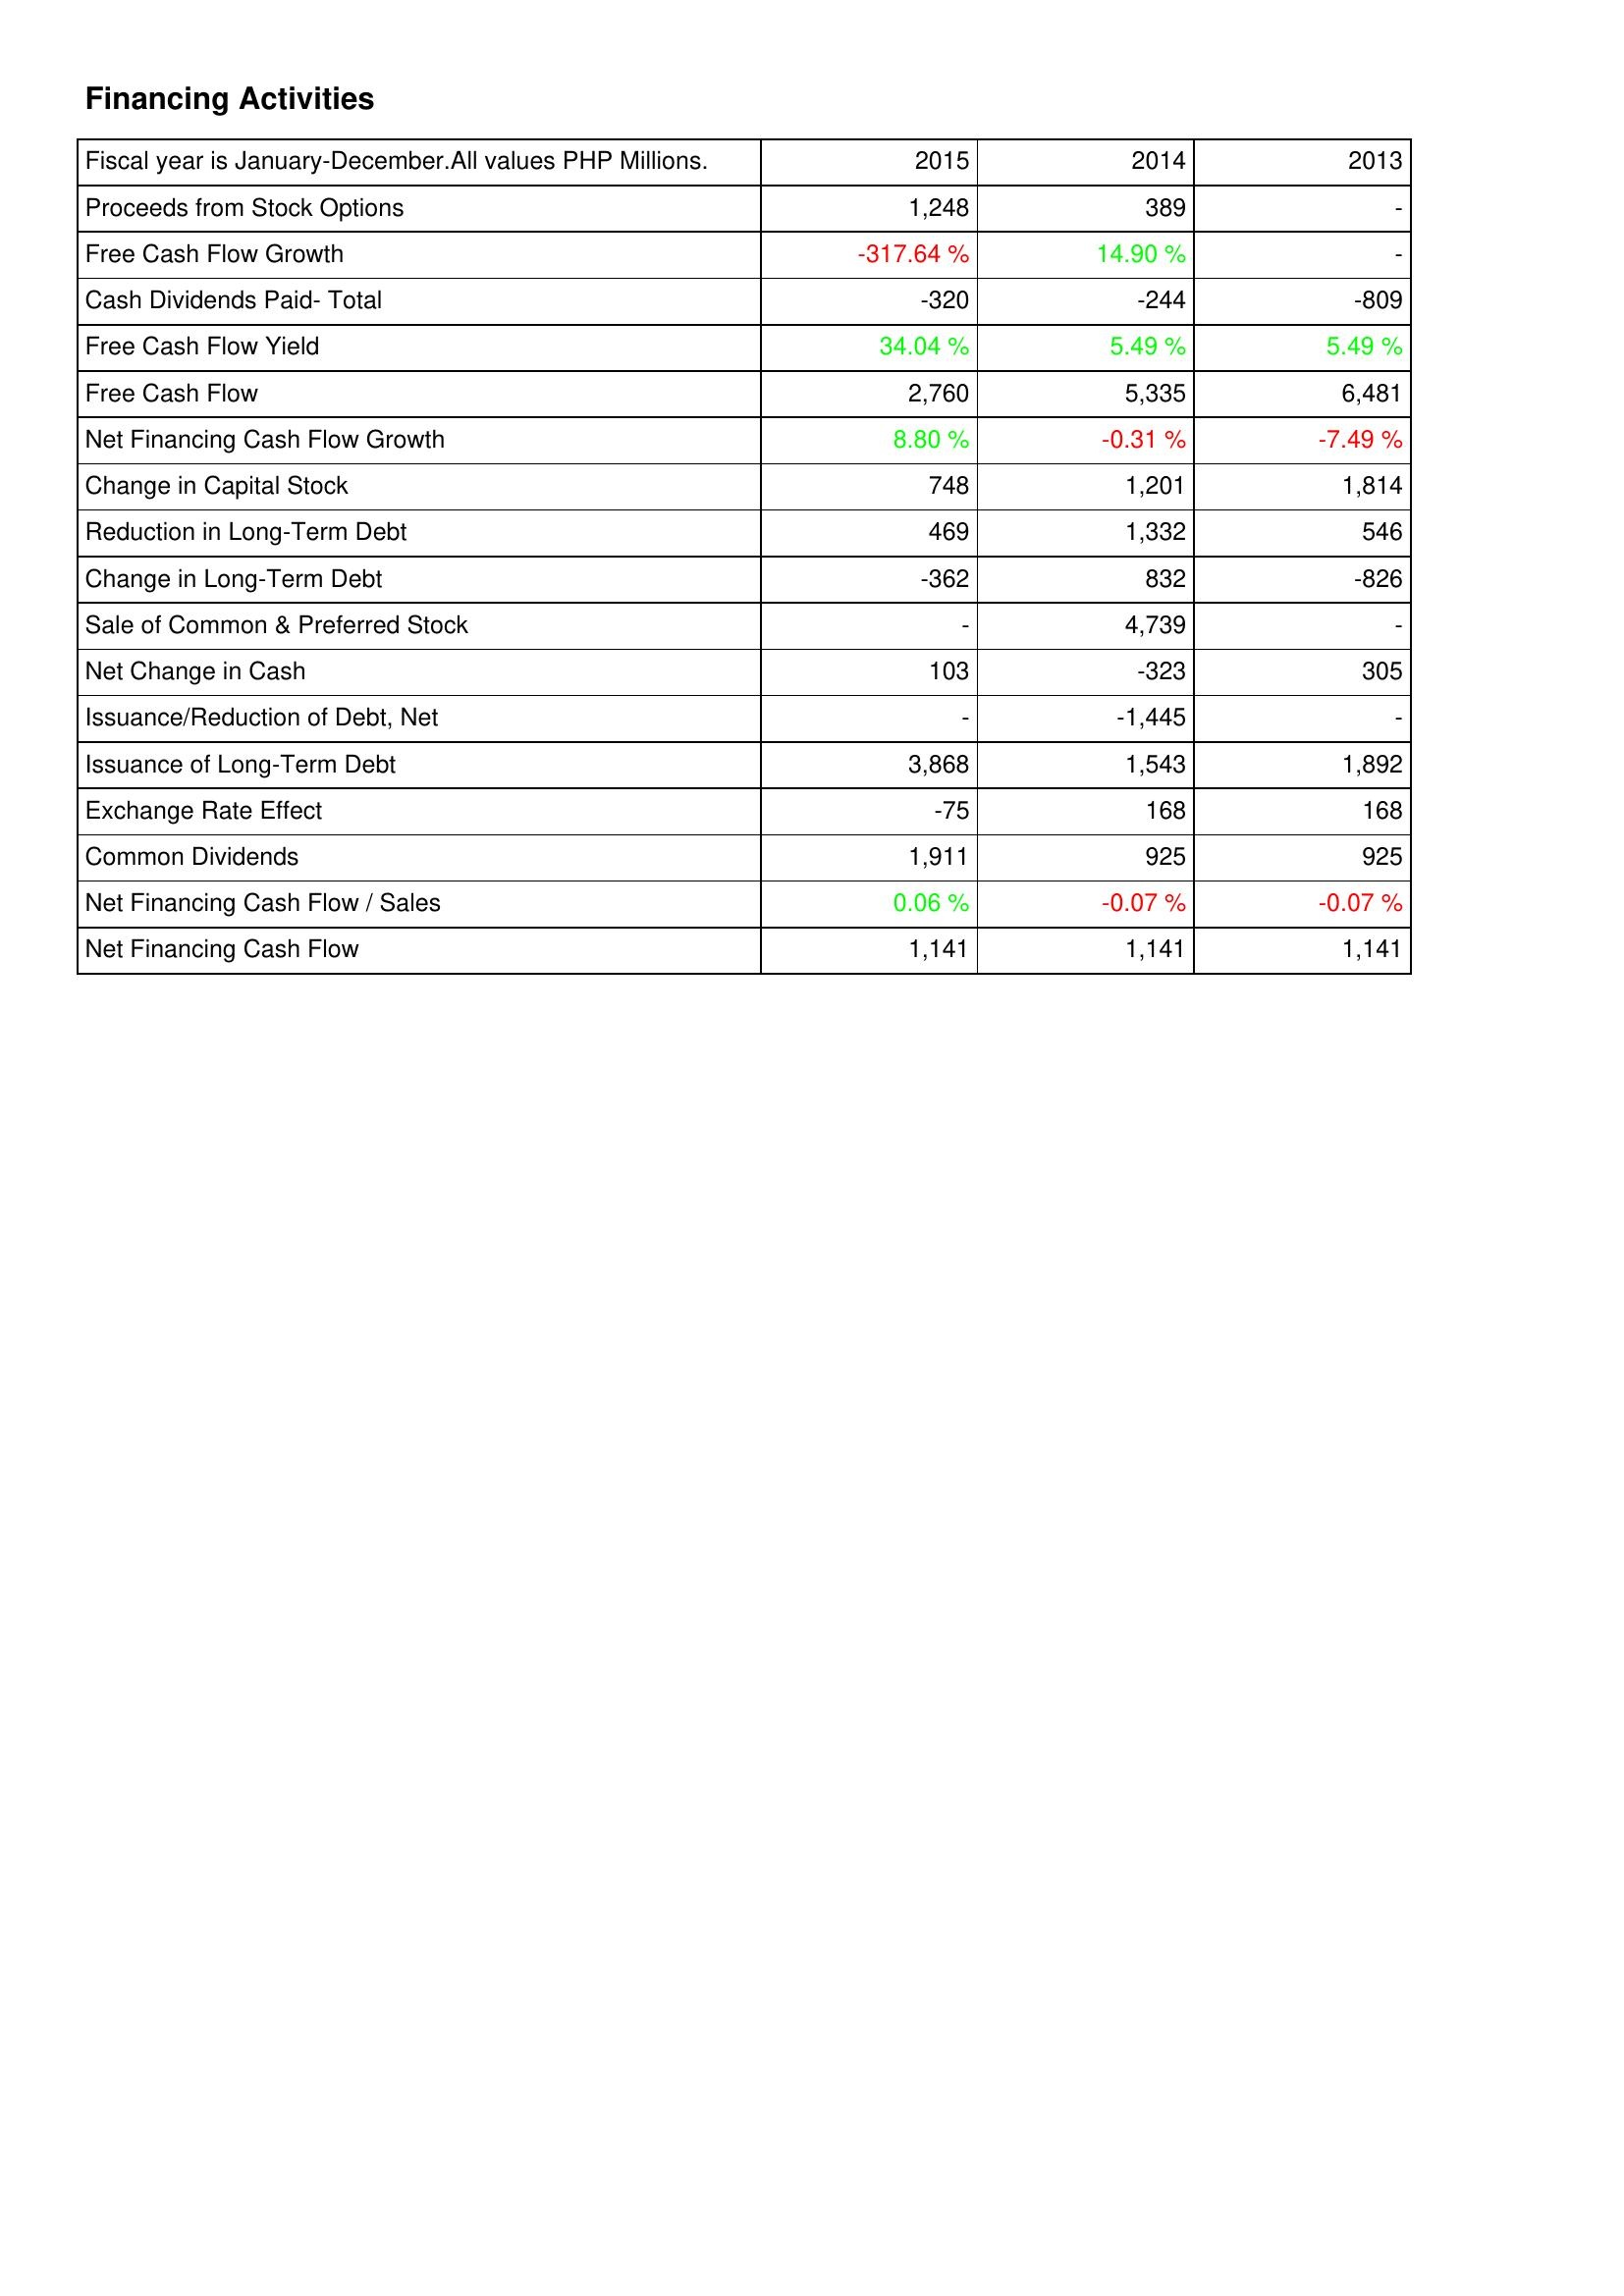
2015: Financing Activities: Proceeds from Stock Options: 1,248
Free Cash Flow Growth: -317.64 %
Cash Dividends Paid- Total: -320
Free Cash Flow Yield: 34.04 %
Free Cash Flow: 2,760
Net Financing Cash Flow Growth: 8.80 %
Change in Capital Stock: 748
Reduction in Long-Term Debt: 469
Change in Long-Term Debt: -362
Sale of Common & Preferred Stock: -
Net Change in Cash: 103
Issuance/Reduction of Debt, Net: -
Issuance of Long-Term Debt: 3,868
Exchange Rate Effect: -75
Common Dividends: 1,911
Net Financing Cash Flow / Sales: 0.06 %
Net Financing Cash Flow: 1,141
2014: Financing Activities: Proceeds from Stock Options: 389
Free Cash Flow Growth: 14.90 %
Cash Dividends Paid- Total: -244
Free Cash Flow Yield: 5.49 %
Free Cash Flow: 5,335
Net Financing Cash Flow Growth: -0.31 %
Change in Capital Stock: 1,201
Reduction in Long-Term Debt: 1,332
Change in Long-Term Debt: 832
Sale of Common & Preferred Stock: 4,739
Net Change in Cash: -323
Issuance/Reduction of Debt, Net: -1,445
Issuance of Long-Term Debt: 1,543
Exchange Rate Effect: 168
Common Dividends: 925
Net Financing Cash Flow / Sales: -0.07 %
Net Financing Cash Flow: 1,141
2013: Financing Activities: Proceeds from Stock Options: -
Free Cash Flow Growth: -
Cash Dividends Paid- Total: -809
Free Cash Flow Yield: 5.49 %
Free Cash Flow: 6,481
Net Financing Cash Flow Growth: -7.49 %
Change in Capital Stock: 1,814
Reduction in Long-Term Debt: 546
Change in Long-Term Debt: -826
Sale of Common & Preferred Stock: -
Net Change in Cash: 305
Issuance/Reduction of Debt, Net: -
Issuance of Long-Term Debt: 1,892
Exchange Rate Effect: 168
Common Dividends: 925
Net Financing Cash Flow / Sales: -0.07 %
Net Financing Cash Flow: 1,141